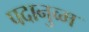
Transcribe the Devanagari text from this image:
पदानुव्म